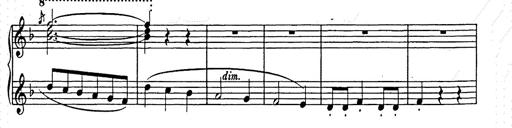
Title: Weihnachtsbaum
Composer: Franz Liszt